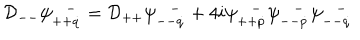
{ \cal D } _ { -- } \psi _ { + + \dot { q } } ^ { - } = { \cal D } _ { + + } \psi _ { -- \dot { q } } ^ { - } + 4 i \psi _ { + + \dot { p } } ^ { - } \psi _ { -- \dot { p } } ^ { - } \psi _ { -- \dot { q } } ^ { - }